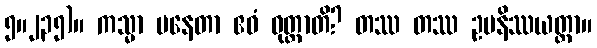
၅။၂၃၅)။ ကသ္မာ ပနေတာ ဧဝံ ဝုတ္တာတိ? တဿ တဿ ဥပနိဿယတ္တာ။